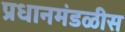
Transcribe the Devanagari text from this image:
प्रधानमंडळीस